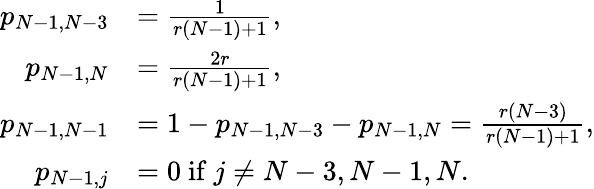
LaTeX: \begin{array}{rl}{p_{N-1,N-3}}&{=\frac{1}{r(N-1)+1},}\\ {p_{N-1,N}}&{=\frac{2r}{r(N-1)+1},}\\ {p_{N-1,N-1}}&{=1-p_{N-1,N-3}-p_{N-1,N}=\frac{r(N-3)}{r(N-1)+1},}\\ {p_{N-1,j}}&{=0\mathrm{~if~}j\neq N-3,N-1,N.}\end{array}